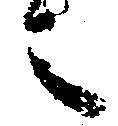
之